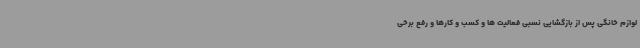
لوازم خانگی پس از بازگشایی نسبی فعالیت ها و کسب و کارها و رفع برخی